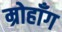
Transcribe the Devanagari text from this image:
म्रोहाँग